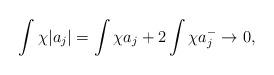
LaTeX: \begin{align*}\int \chi |a_j|=\int \chi a_j + 2\int \chi a_j^-\to 0,\end{align*}